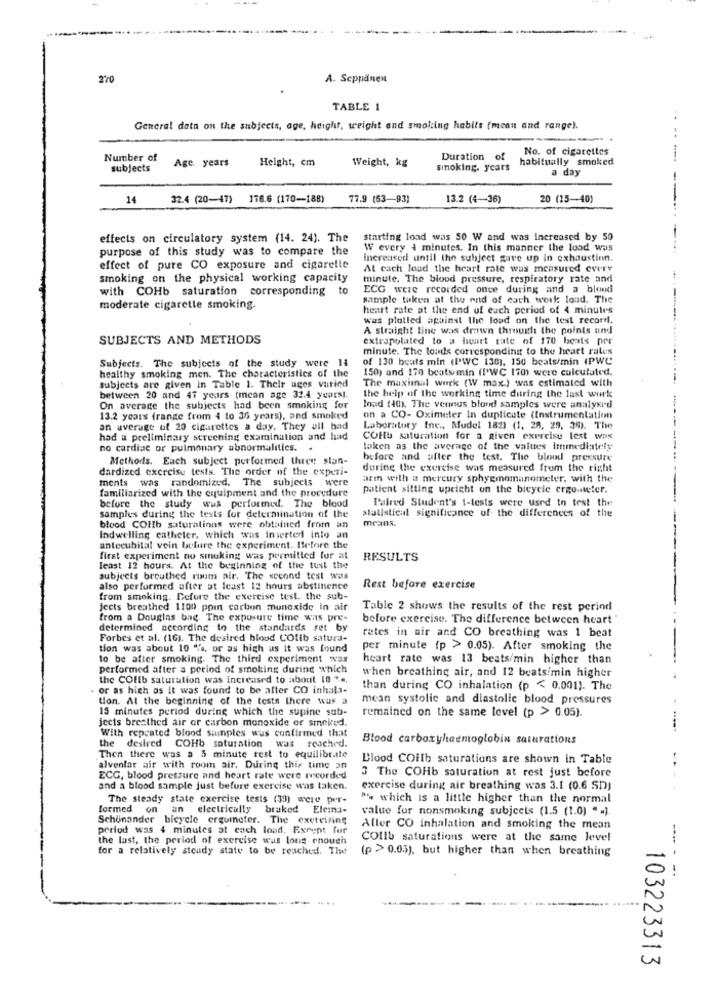
270
A. Seppänen
TABLE 1
General data on the subjects, age, height, weight and smoking habits (mean and range).
No. of cigarettes
Number of
Age. years
Height, cm
Weight, kg
Duration of
habitually smoked
subjects
smoking. years
a day
14
32.4 (20-47) 176.6 (170-188)
77.9 (63-93)
13.2 (4-36)
20 (25-40)
effects on circulatory system (14. 24). The
starting lond was 50 W and was increased by 50
purpose of this study was to compare the
W every i minutes. In this manner the load was
increased until the subject gave up in exhaustinn.
effect of pure CO exposure and cigarelle
At cach loud the heart rate was measured every
smoking on the physical working capacity
minute. The blood pressure, respiratory rate and
with COHb saturation corresponding t
ECG were recorded once during and a blood
sample taken at the end of each werk loud. The
moderate cigarette smoking.
heart rate at the end of each period of 4 minutes
was plotted against the load on the test record.
A straight line was drawn through the points and
SUBJECTS AND METHODS
extrapolated to a heart rate of 170 beats per
minute. The louds corresponding to the heart rates
Subjects. The subjects of the study were 14
of 130 beats min (PWC 130), 150 beats/min (PWC
healthy smoking men. The characteristics of the
150) and 170 beats min (PWC 170) were calculated.
The maximal work (W max.) was estimated with
subjects are given in Table 1. Their ages varied
between 20 and 47 years (mean age 32.4 years).
the help of the working time during the last work
On average the subjects had been smoking for
loud (40). The venus blond samples were analysed
13.2 years (range from 4 to 36 years), and smoked
on a CO- Oximeter In duplicate (Instrumentation
an average of 20 cigarettes a day. They all had
Laboratory Inc ., Mudel 182) (1, 28, 29, 35). The
had a preliminary screening examination and had
COftb saturation for a given exercise test was
no cardiac or pulmonary abnormalities. .
taken as the average of the values immediately
Methods. Each subject performed three stan-
before and after the test. The blood pressure
dardized exercise tests. The order of the experi-
during the exercise was measured from the right
ments was randomized. The subjects were
arm with a mercury sphygmomanometer. with the
familiarized with the equipment and the procedure
patient sitting upright on the bicycle ergo-teter.
Paired Student's 1-tests were used to test the
before the study was performed. The blood
statistical significance of the differences of the
samples during the tests for determination of the
means.
blood COIb saturations were obtained from an
Indwelling catheter, which was inwerter into an
antecubital vein before the experiment. Before the
first experiment no smoking was permitted for at
RESULTS
least 12 hours. At the beginning of the tust the
subjects breathed room air. The second test was
also performed after at least 12 hours abstinence
Rest before exercise
from smoking. Before the exercise test. the sub-
Jects breathed 1100 point carbon monoxide in air
Table 2 shows the results of the rest period
from a Douglas bag. The exposure time was pre-
before exercise. The difference between heart "
determined according to the standards set by
rates in air and CO breathing was 1 beat
Forbes et al. (16). The desired blood COlib satura-
tion was about 10 %, or as high as it was found
per minute (p > 0.05). After smoking the
to be after smoking. The third experiment was
heart rate was 13 beats/min higher than
performed after a period of smoking during which
when breathing air, and 12 beats/min higher
the COflb saturation was increased to about 10 *..
. or as high as It was found to be after CO inhala-
than during CO inhalation (p < 0.001). The
tion. At the beginning of the tests there was a
mean systolic and diastolic blood pressures
15 minutes period during which the supine sub-
remained on the same level (p > 0.05).
jects breathed air or carbon monoxide or smoked.
With repeated blood samples was confirmed that
the
Blood carboxyhaemoglobin saturations
desired COHb saturation was reached.
Then there was a 3 minute rest to equilibr.ite
Blood COith saturations are shown in Table
alveolar air with room air. During this time an
ECG, blood pressure and heart rate were recorded
3 The COHb saturation at rest just before
and a blood sample just before exercise was taken.
exercise during air breathing was 3.1 (0.6 SD)
The steady state exercise tests (39) were per-
"'s which is a little higher than the normal
formed on an electrically braked Elems-
value for nonsmoking subjects (1.5 (1.0) " .)
Schunander bicycle erguineter. The exercising
period was 4 minutes at cach loud, Except for
Aller CO inhalation and smoking the mean
the last, the period of exercise was long enough
COIlb saturations were at the same level
for a relatively steady state to be reached. The
(p > 0.05), but higher than when breathing
-- - --
103223313